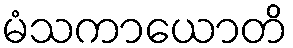
မံသကာယောတိ